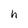
Character: h